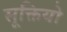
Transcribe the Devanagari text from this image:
सूक्तियो